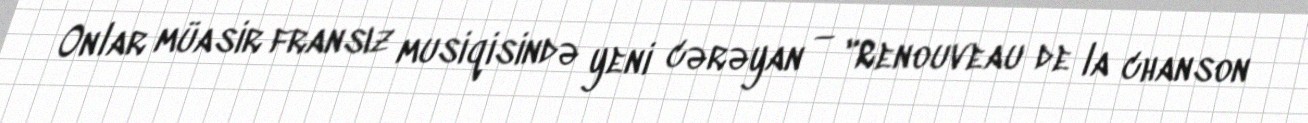
Onlar müasir fransız musiqisində yeni cərəyan — "Renouveau de la chanson